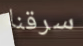
سرقنا